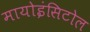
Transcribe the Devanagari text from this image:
मायोइंसिटोल